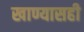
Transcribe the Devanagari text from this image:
खाण्यासही